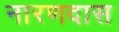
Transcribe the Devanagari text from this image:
नारणदास